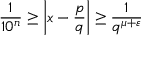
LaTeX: { \frac { 1 } { 1 0 ^ { n } } } \geq \left| x - { \frac { p } { q } } \right| \geq { \frac { 1 } { q ^ { \mu + \varepsilon } } }